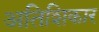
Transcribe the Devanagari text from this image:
अतिशिकार